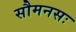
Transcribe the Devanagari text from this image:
सौमनसः